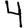
Digit: 4